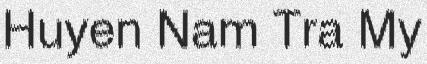
Huyen Nam Tra My